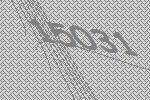
15031